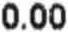
0.00